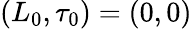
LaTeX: (L_{0},\tau_{0})=(0,0)